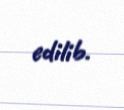
edilib.